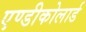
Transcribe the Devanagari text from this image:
एण्डीकोलार्ड